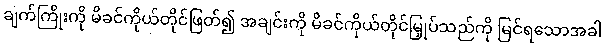
ချက်ကြိုးကို မိခင်ကိုယ်တိုင်ဖြတ်၍ အချင်းကို မိခင်ကိုယ်တိုင်မြှုပ်သည်ကို မြင်ရသောအခါ